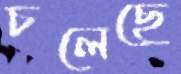
চলেছে